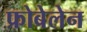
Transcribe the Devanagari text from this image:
फ्रोबेलेन